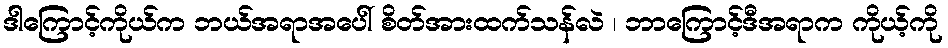
ဒါကြောင့်ကိုယ်က ဘယ်အရာအပေါ် စိတ်အားထက်သန်လဲ ၊ ဘာကြောင့်ဒီအရာက ကိုယ့်ကို